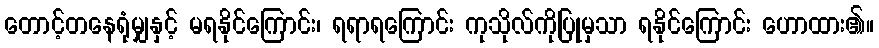
တောင့်တနေရုံမျှနှင့် မရနိုင်ကြောင်း၊ ရရာရကြောင်း ကုသိုလ်ကိုပြုမှသာ ရနိုင်ကြောင်း ဟောထား၏။